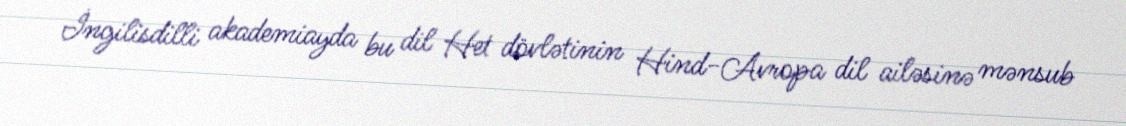
İngilisdilli akademiayda bu dil Het dövlətinin Hind-Avropa dil ailəsinə mənsub